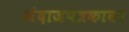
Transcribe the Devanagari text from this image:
अंदाजपत्रकावर